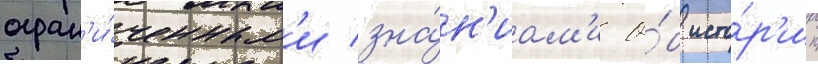
огран'и́ченным'и зна́н'иам'и о́б исто́р'ии